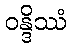
ဝန္ဒိဿံ